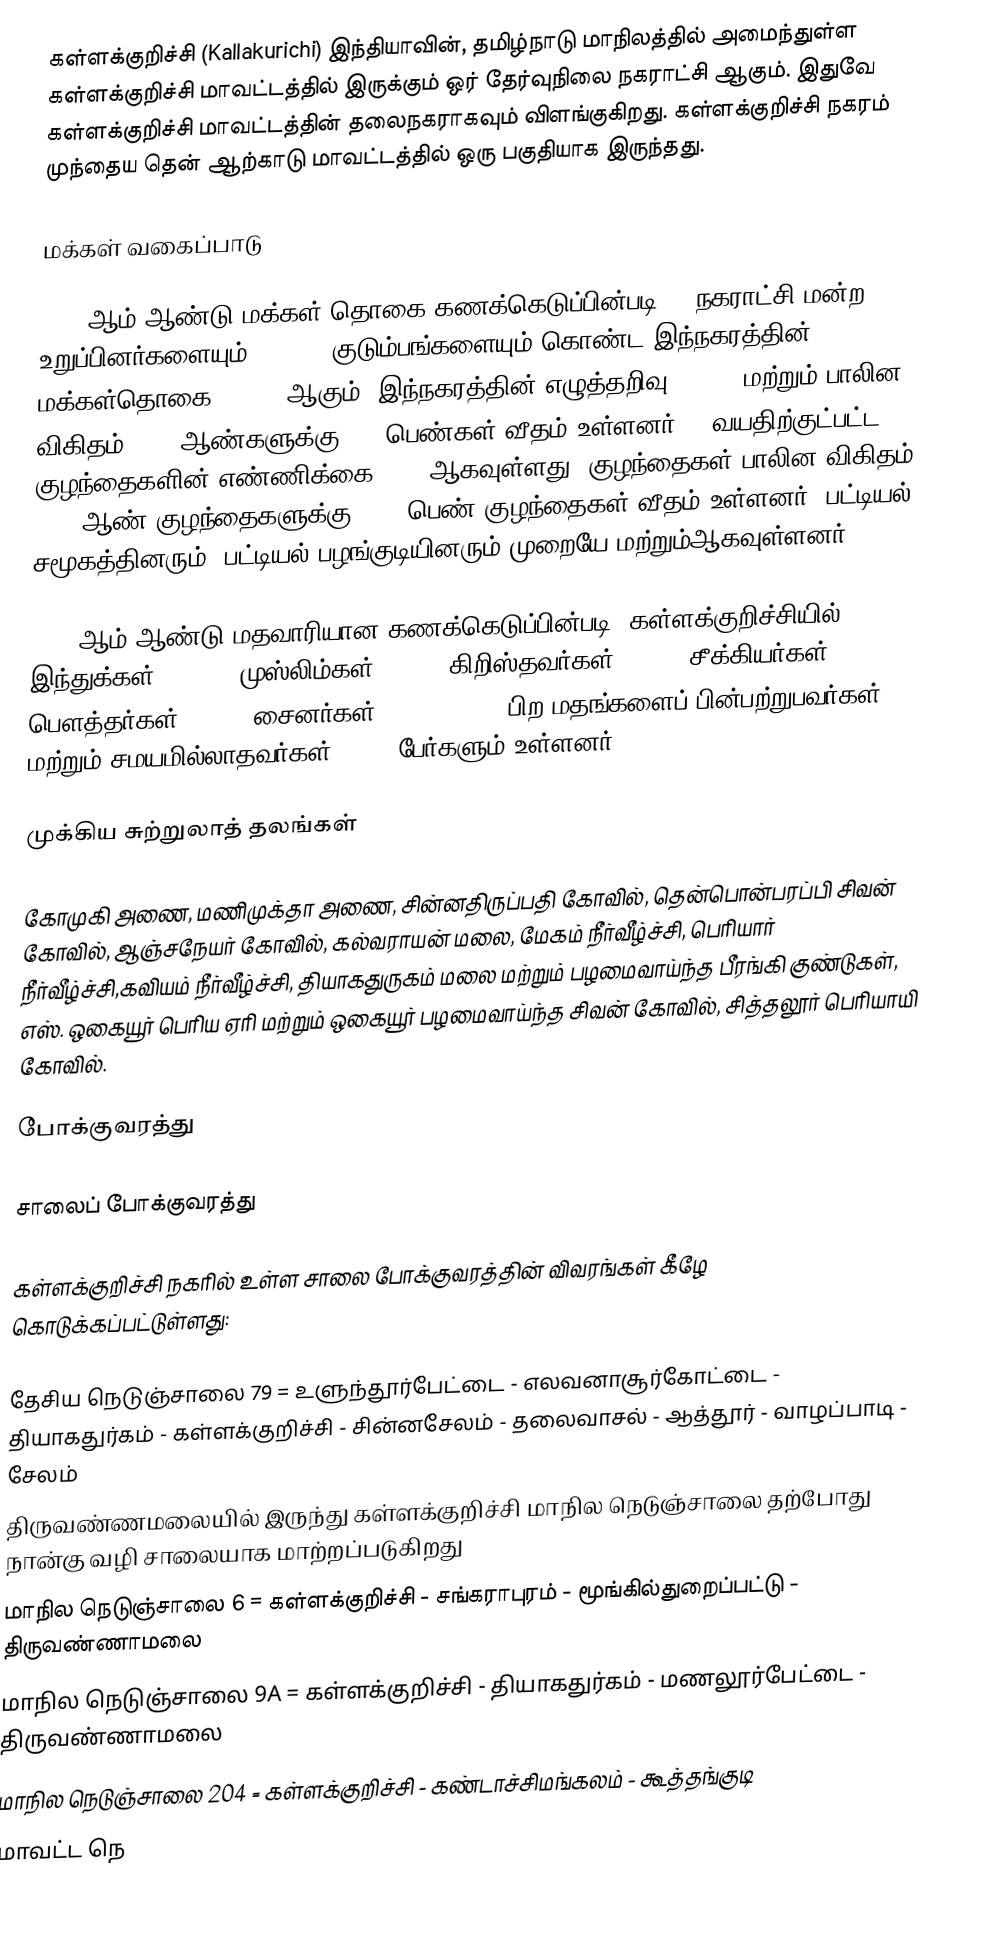
கள்ளக்குறிச்சி (Kallakurichi) இந்தியாவின், தமிழ்நாடு மாநிலத்தில் அமைந்துள்ள கள்ளக்குறிச்சி மாவட்டத்தில் இருக்கும் ஒர் தேர்வுநிலை நகராட்சி ஆகும். இதுவே கள்ளக்குறிச்சி மாவட்டத்தின் தலைநகராகவும் விளங்குகிறது. கள்ளக்குறிச்சி நகரம் முந்தைய தென் ஆற்காடு மாவட்டத்தில் ஒரு பகுதியாக இருந்தது.

மக்கள் வகைப்பாடு

2011 ஆம் ஆண்டு மக்கள் தொகை கணக்கெடுப்பின்படி 21 நகராட்சி மன்ற உறுப்பினர்களையும், 12,801 குடும்பங்களையும் கொண்ட இந்நகரத்தின் மக்கள்தொகை 52,507 ஆகும். இந்நகரத்தின் எழுத்தறிவு 86.17% மற்றும் பாலின விகிதம் 1000 ஆண்களுக்கு 984 பெண்கள் வீதம் உள்ளனர். 6 வயதிற்குட்பட்ட குழந்தைகளின் எண்ணிக்கை  5541 ஆகவுள்ளது. குழந்தைகள் பாலின விகிதம், 1000 ஆண் குழந்தைகளுக்கு, 902 பெண் குழந்தைகள் வீதம் உள்ளனர். பட்டியல் சமூகத்தினரும், பட்டியல் பழங்குடியினரும் முறையே மற்றும்ஆகவுள்ளனர்.

2011 ஆம் ஆண்டு மதவாரியான கணக்கெடுப்பின்படி, கள்ளக்குறிச்சியில் இந்துக்கள் 83.87%, முஸ்லிம்கள் 13.4%, கிறிஸ்தவர்கள் 1.72%, சீக்கியர்கள் 0.04%, பௌத்தர்கள் 0.02%, சைனர்கள் 0.17%, 0.71% பிற மதங்களைப் பின்பற்றுபவர்கள் மற்றும் சமயமில்லாதவர்கள் 0.08% பேர்களும் உள்ளனர்.

முக்கிய சுற்றுலாத் தலங்கள்

கோமுகி அணை, மணிமுக்தா அணை, சின்னதிருப்பதி கோவில், தென்பொன்பரப்பி சிவன் கோவில், ஆஞ்சநேயர் கோவில், கல்வராயன் மலை, மேகம் நீர்வீழ்ச்சி, பெரியார் நீர்வீழ்ச்சி,கவியம் நீர்வீழ்ச்சி, தியாகதுருகம் மலை மற்றும் பழமைவாய்ந்த பீரங்கி குண்டுகள், எஸ். ஒகையூர் பெரிய ஏரி மற்றும் ஒகையூர் பழமைவாய்ந்த சிவன் கோவில், சித்தலூர் பெரியாயி கோவில்.

போக்குவரத்து

சாலைப் போக்குவரத்து

கள்ளக்குறிச்சி நகரில் உள்ள சாலை போக்குவரத்தின் விவரங்கள் கீழே கொடுக்கப்பட்டுள்ளது:

 தேசிய நெடுஞ்சாலை 79 = உளுந்தூர்பேட்டை - எலவனாசூர்கோட்டை - தியாகதுர்கம் - கள்ளக்குறிச்சி - சின்னசேலம் - தலைவாசல் - ஆத்தூர் - வாழப்பாடி - சேலம்
 திருவண்ணமலையில் இருந்து கள்ளக்குறிச்சி மாநில நெடுஞ்சாலை தற்போது நான்கு வழி சாலையாக மாற்றப்படுகிறது
 மாநில நெடுஞ்சாலை 6 = கள்ளக்குறிச்சி - சங்கராபுரம் - மூங்கில்துறைப்பட்டு - திருவண்ணாமலை
 மாநில நெடுஞ்சாலை 9A = கள்ளக்குறிச்சி - தியாகதுர்கம் - மணலூர்பேட்டை - திருவண்ணாமலை
 மாநில நெடுஞ்சாலை 204 = கள்ளக்குறிச்சி - கண்டாச்சிமங்கலம் - கூத்தங்குடி
 மாவட்ட நெ